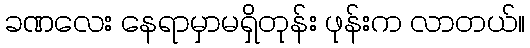
ခဏလေး နေရာမှာမရှိတုန်း ဖုန်းက လာတယ်။